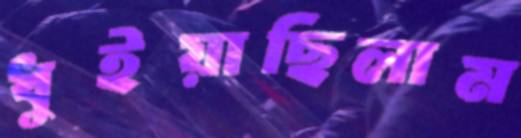
ধুইয়াছিলাম